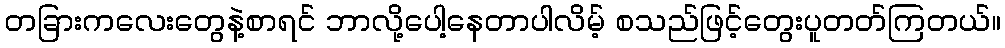
တခြားကလေးတွေနဲ့စာရင် ဘာလို့ပေါ့နေတာပါလိမ့် စသည်ဖြင့်တွေးပူတတ်ကြတယ်။